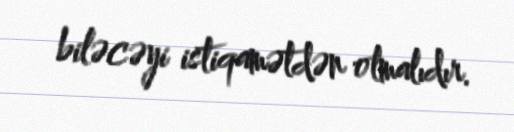
biləcəyi istiqamətdən olmalıdır.